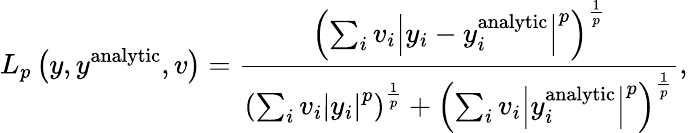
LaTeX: L_{p}\left(y,y^{\mathrm{analytic}},v\right)=\frac{\left(\sum_{i}v_{i}\left|y_{i}-y_{i}^{\mathrm{analytic}}\right|^{p}\right)^{\frac{1}{p}}}{\left(\sum_{i}v_{i}\left|y_{i}\right|^{p}\right)^{\frac{1}{p}}+\left(\sum_{i}v_{i}\left|y_{i}^{\mathrm{analytic}}\right|^{p}\right)^{\frac{1}{p}}},